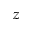
z